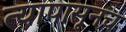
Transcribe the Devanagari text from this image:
त्यापासूनच